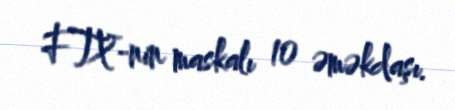
FTX-nin maskalı 10 əməkdaşı.